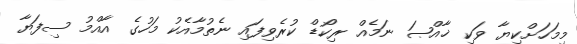
މިމަހަށްކިޔާ ވަކި ޚާއްޞަ ނަމެއް ރިކޯޑް ކުރެވިފައި ނެތުމާއެކު މަހުގެ އާއްމު ސިފަޔާ